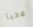
مخبأ